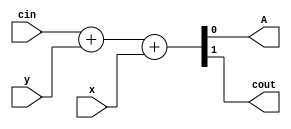

`timescale 1ns/1ns
module num_2 (input x, input y, input cin, output A, output cout);
 
assign {cout,A} =  cin + y + x;
 
endmodule